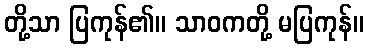
တို့သာ ပြကုန်၏။ သာဝကတို့ မပြကုန်။